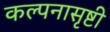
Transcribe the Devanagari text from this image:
कल्पनासृष्टी